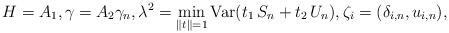
\begin{align*}H=A_{1},\gamma =A_{2}\gamma _{n},\lambda ^{2}=\min_{\left\|t\right\| =1}\mbox{Var}(t_{1}\,S_{n}+t_{2}\,U_{n}),\zeta _{i}=(\delta_{i,n},u_{i,n}), \end{align*}